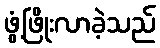
ဖွံ့ဖြိုးလာခဲ့သည်